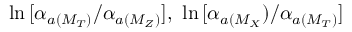
\ln \, [ \alpha _ { a ( M _ { T } ) } / \alpha _ { a ( M _ { Z } ) } ] , \, \, \ln \, [ \alpha _ { a ( M _ { X } } ) / \alpha _ { a ( M _ { T } ) } ]